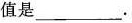
值是___.